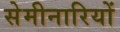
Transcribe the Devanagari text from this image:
सेमीनारियों